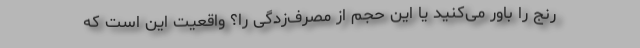
رنج را باور می‌کنید یا این حجم از مصرف‌زدگی را؟ واقعیت این است که